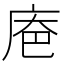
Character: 𪪔